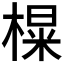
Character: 𪳑